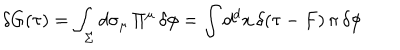
\delta G ( \tau ) = \int _ { \Sigma } d \sigma _ { \mu } \, \Pi ^ { \mu } \, \delta \phi = \int d ^ { d } x \, \delta ( \tau - F ) \, \pi \, \delta \phi \;